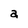
Character: a